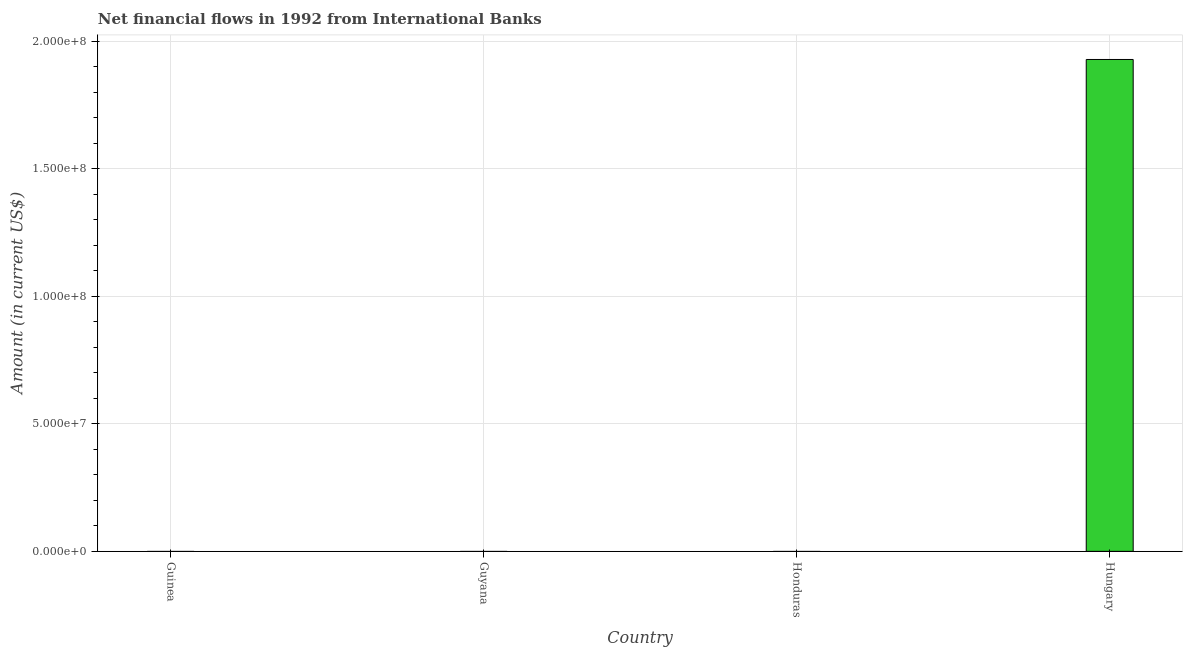
| Country | Net financial flows from IBRD |
 | --- | --- |
 | Guinea | -1.46e+07 |
 | Guyana | -7.24e+06 |
 | Honduras | -4.25e+07 |
 | Hungary | 1.93e+08 |